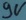
Text: 9V